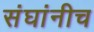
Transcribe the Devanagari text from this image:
संघांनीच